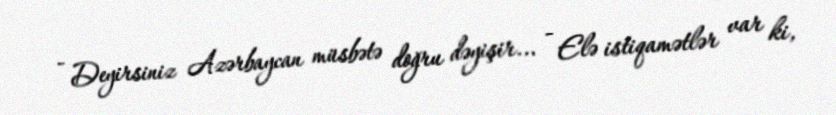
- Deyirsiniz Azərbaycan müsbətə doğru dəyişir... - Elə istiqamətlər var ki,